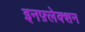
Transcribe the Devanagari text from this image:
इनफ़्लेक्शन